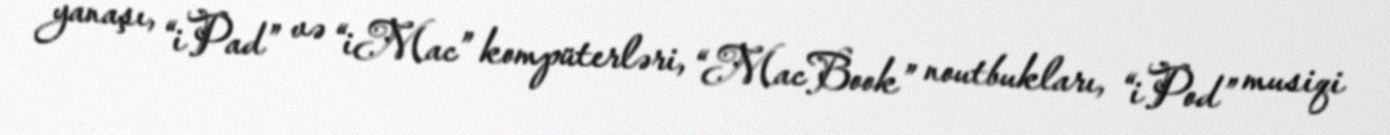
yanaşı, “iPad” və “iMac” kompüterləri, “MacBook” noutbukları, “iPod” musiqi